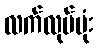
လက်လုပ်ဗုံး